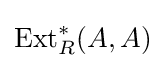
\operatorname {Ext} _{R}^{*}(A,A)